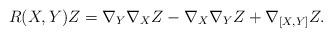
LaTeX: \begin{align*}R(X,Y)Z = \nabla_Y \nabla_X Z - \nabla_X \nabla_Y Z + \nabla_{[X,Y]} Z.\end{align*}